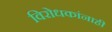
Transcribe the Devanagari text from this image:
विरोधकांनाही